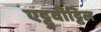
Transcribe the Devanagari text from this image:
एट्टुवीट्टिल